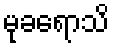
မုခရောသိ